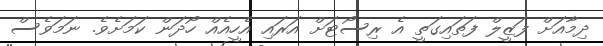
ދިމާއަށް ފަޒީލް ފަތައިގަތީ އެ ރިސޯޓަށް އަރައި އެހީއެއް ހޯދަން ކަމަށެވެ. ނަމަވެސް